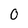
Character: 0